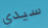
سيدي